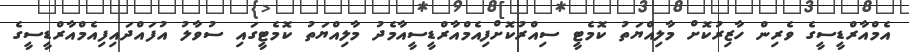
އެމްއާރްޑީސީގެ ވެރިން ހާޒިރުކޮށް މާލިއްޔަތު ކޮމެޓީ ސިއްރުކޮށްފިއެމްއާރްޑީސީއާމެދު މާލިއްޔަތު ކޮމެޓީގައި ސުވާލު އުފައްދައިފިއެމްއާރްޑީސީގެ